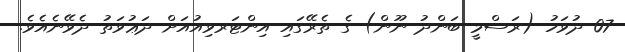
07 ދުވަހު (ރަސްމީ ބަންދު ނޫން) ގެ ތެރޭގައި އިންޓަރވިއުއަށް ދަޢުވަތު ދެވޭނެއެވެ.